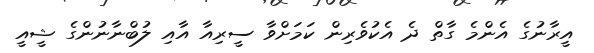
އީރާނުގެ އެންމެ ގާތް ދެ އެކުވެރިން ކަމަށްވާ ސީރިއާ އާއި ލުބްނާނުންގެ ޝީއީ